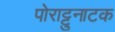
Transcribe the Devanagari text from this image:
पोराट्टुनाटक